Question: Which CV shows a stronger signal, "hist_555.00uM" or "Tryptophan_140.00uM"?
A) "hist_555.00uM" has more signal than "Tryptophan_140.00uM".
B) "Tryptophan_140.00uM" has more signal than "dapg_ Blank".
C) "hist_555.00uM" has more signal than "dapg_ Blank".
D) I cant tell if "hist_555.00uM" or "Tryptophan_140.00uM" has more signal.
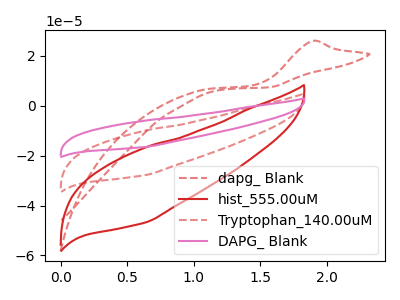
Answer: <think>The red dashed curve "dapg_ Blank" has an anodic peak at: (1.90V, 26.05uA). The red curve "hist_555.00uM" has no peaks. The red dashed curve "Tryptophan_140.00uM" has no peaks. The pink curve "DAPG_ Blank" has no peaks.
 Neither "hist_555.00uM" or "Tryptophan_140.00uM" have any peaks.</think>
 <answer>D) I cant tell if "hist_555.00uM" or "Tryptophan_140.00uM" has more signal.</answer>
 <eval>D</eval>